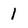
Character: 1